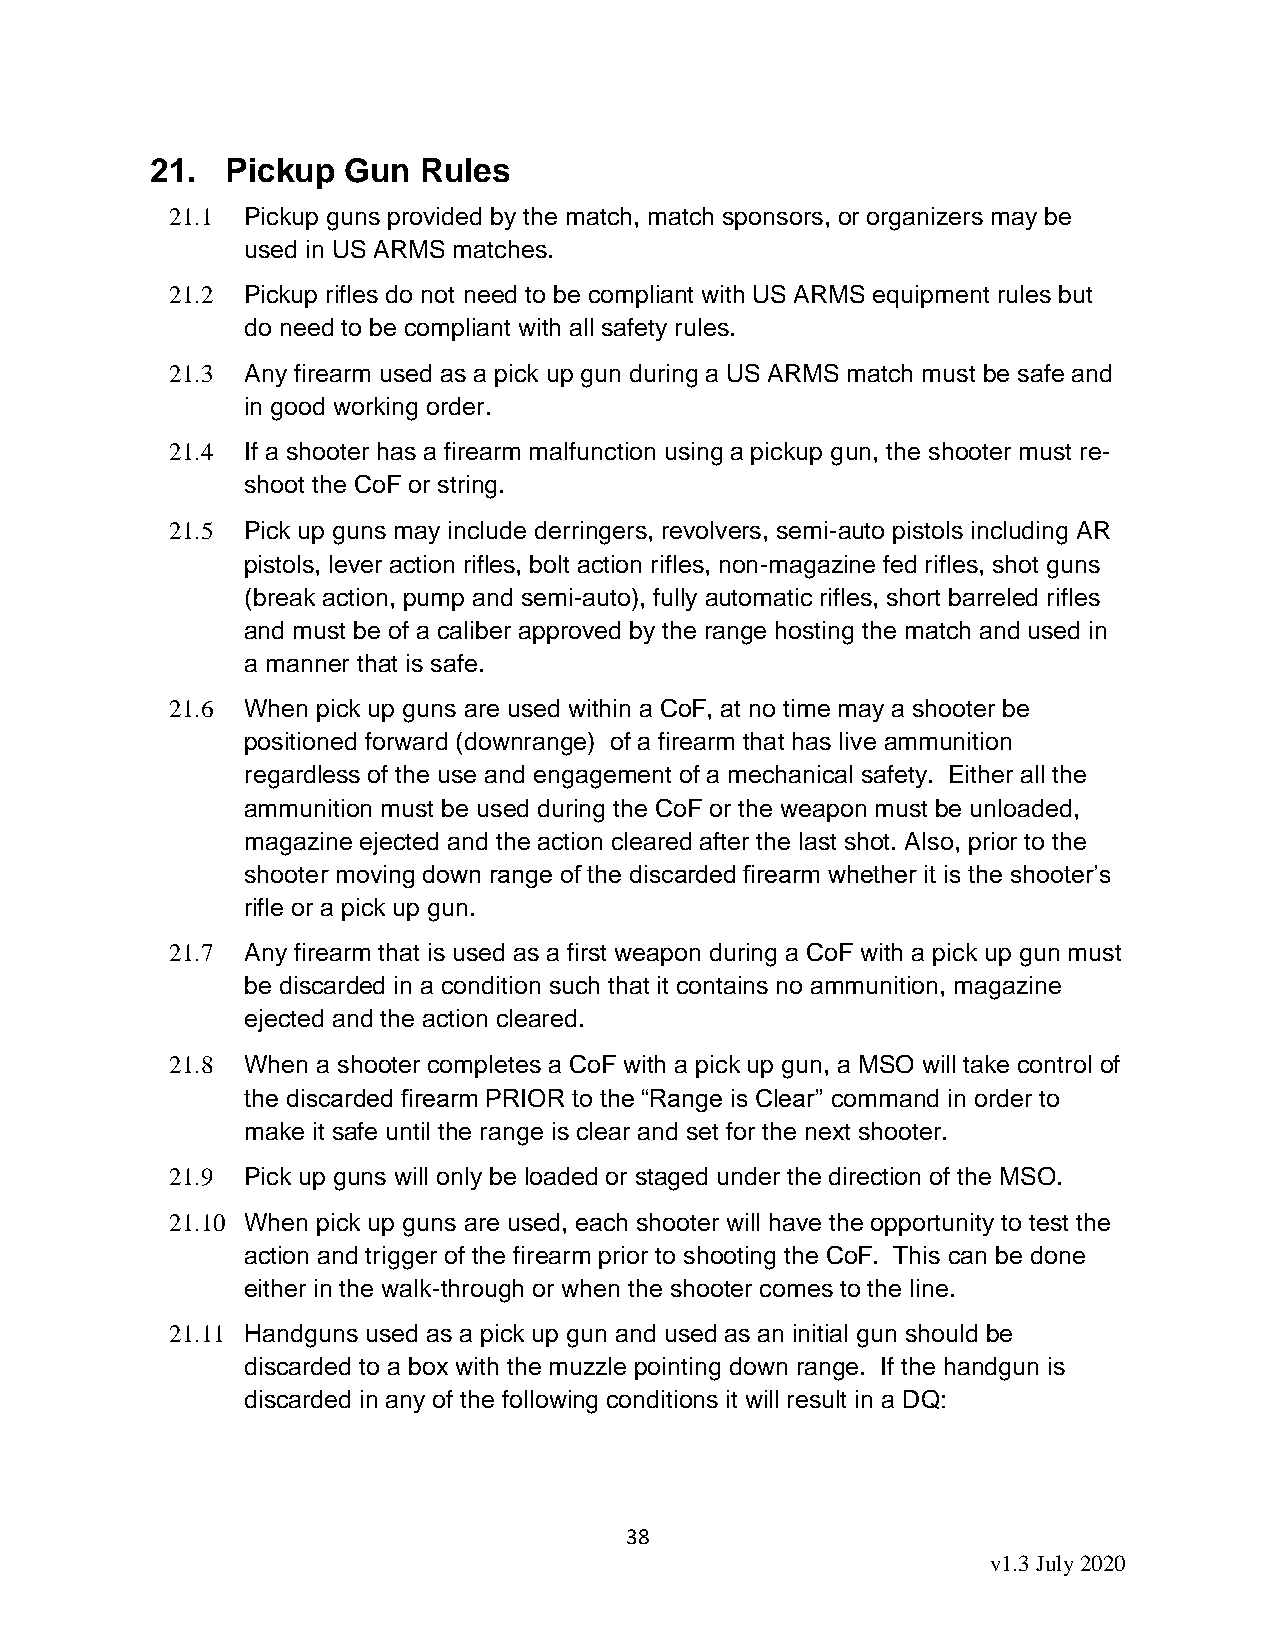
21.  Pickup  Gun  Rules
 21.1 Pickup guns provided by the match, match sponsors, or organizers may be
 used in US ARMS matches.
 21.2 Pickup rifles do not need to be compliant with US ARMS equipment rules but
 do need to be compliant with all safety rules.
 21.3 Any firearm used as a pick up gun during a US ARMS match must be safe and
 in good working order.
 21.4 If a shooter has a firearm malfunction using a pickup gun, the shooter must re-
 shoot the CoF or string.
 21.5 Pick up guns may include derringers, revolvers, semi-auto pistols including AR
 pistols, lever action rifles, bolt action rifles, non-magazine fed rifles, shot guns
 (break action, pump and semi-auto), fully automatic rifles, short barreled rifles
 and must be of a caliber approved by the range hosting the match and used in
 a manner that is safe.
 21.6 When pick up guns are used within a CoF, at no time may a shooter be
 positioned forward (downrange) of a firearm that has live ammunition
 regardless of the use and engagement of a mechanical safety. Either all the
 ammunition must be used during the CoF or the weapon must be unloaded,
 magazine ejected and the action cleared after the last shot. Also, prior to the
 shooter moving down range of the discarded firearm whether it is the shooter’s
 rifle or a pick up gun.
 21.7 Any firearm that is used as a first weapon during a CoF with a pick up gun must
 be discarded in a condition such that it contains no ammunition, magazine
 ejected and the action cleared.
 21.8 When a shooter completes a CoF with a pick up gun, a MSO will take control of
 the discarded firearm PRIOR to the “Range is Clear” command in order to
 make it safe until the range is clear and set for the next shooter.
 21.9 Pick up guns will only be loaded or staged under the direction of the MSO.
 21.10 When pick up guns are used, each shooter will have the opportunity to test the
 action and trigger of the firearm prior to shooting the CoF. This can be done
 either in the walk-through or when the shooter comes to the line.
 21.11 Handguns used as a pick up gun and used as an initial gun should be
 discarded to a box with the muzzle pointing down range. If the handgun is
 discarded in any of the following conditions it will result in a DQ:
 38
 v1.3 July 2020